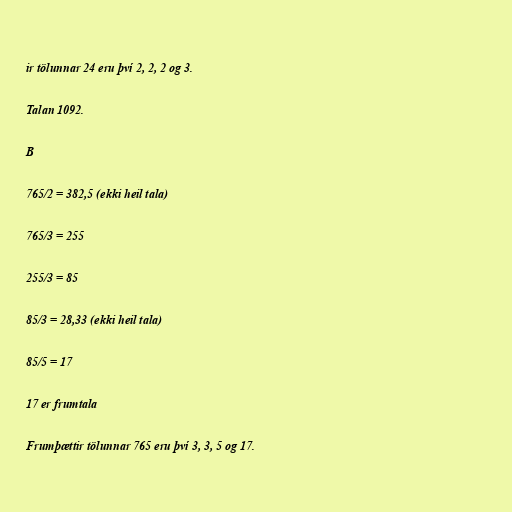
ir tölunnar 24 eru því 2, 2, 2 og 3.

Talan 1092.

B

765/2 = 382,5 (ekki heil tala)

765/3 = 255

255/3 = 85

85/3 = 28,33 (ekki heil tala)

85/5 = 17

17 er frumtala

Frumþættir tölunnar 765 eru því 3, 3, 5 og 17.